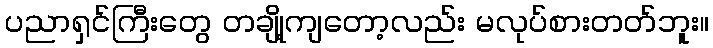
ပညာရှင်ကြီးတွေ တချို့ကျတော့လည်း မလုပ်စားတတ်ဘူး။